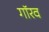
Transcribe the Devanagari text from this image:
गॉरव